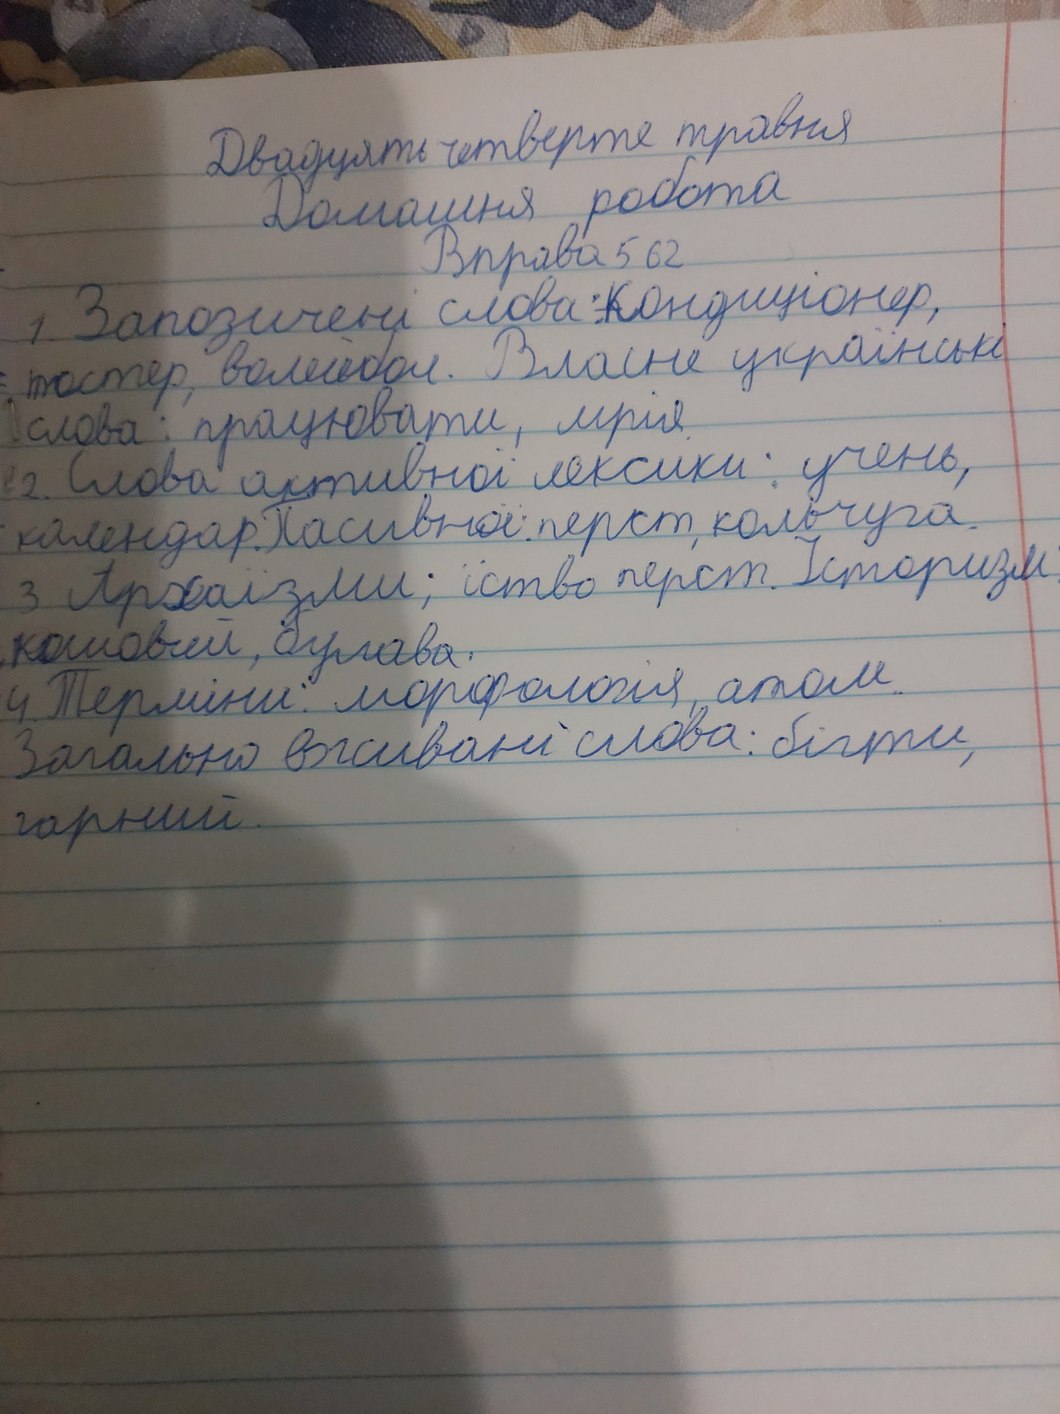
Двадцять четверте травня
Домашня робота
Вправа 562
1. Запозичені слова: кондиціонер,
тостер, волейбол. Власне українські
слова: працювати, мрія.
2. Слова активної лексики: учень,
календар. Пасивної перст, кольчуга.
3. Архаїзми: їство перст. Іторизм
кошовий, булава.
4. Терміни: морфологія, атом.
Загально вживані слова: бігти
гарний